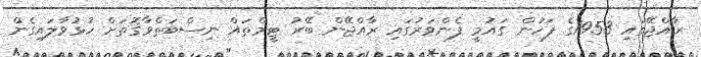
ރާއްޖޭގައި 1953ގެ ފަހުން ގައުމީ ފެންވަރުގައި ރާއްޖޭން ބޭރު ޓީމްތައް ނިސްބަތްވާގޮތަށް ހުޅުވާލައިގެން